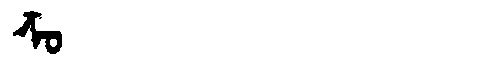
Manchu: ᡯᠣ
Romanization: DZO